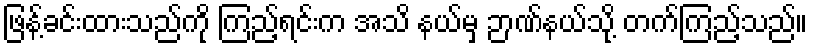
ဖြန့်ခင်းထားသည်ကို ကြည့်ရင်းက အသိ နယ်မှ ဉာဏ်နယ်သို့ တက်ကြည့်သည်။